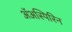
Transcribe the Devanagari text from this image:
ॲअस्पिरिन